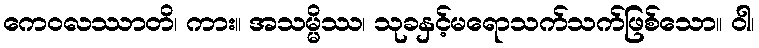
ကေဝလဿာတိ၊ ကား။ အသမ္မိဿ၊ သုခနှင့်မရောသက်သက်ဖြစ်သော။ ဝါ၊